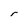
Character: r